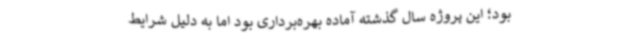
بود؛ این پروژه سال گذشته آماده بهره‌برداری بود اما به دلیل شرایط